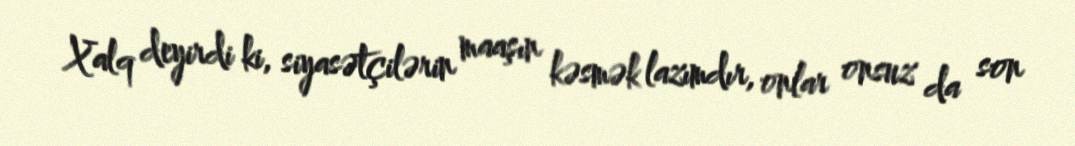
Xalq deyirdi ki, siyasətçilərin maaşın kəsmək lazımdır, onlar onsuz da son